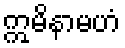
ဣမိနာမဟံ